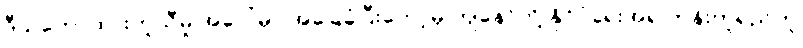
ဒီသဘောထားတူညီမှု အပေါ်မှာ အခြေခံပြီးတော့မှ ကျနော်တို့ နိုင်ငံရေးအရ တန်းတူရည်တူ